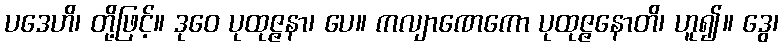
ပဒေဟိ၊ တို့ဖြင့်။ ဒုဝေ ပုထုဇ္ဇနာ၊ ပေ။ ကလျာဏေကော ပုထုဇ္ဇနောတိ၊ ဟူ၍။ ဒွေ၊